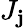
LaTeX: J_{\mathbf{j}}